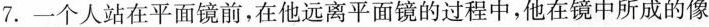
7.一个人站在平面镜前，在他远离平面镜的过程中，他在镜中所成的像